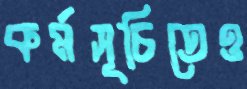
কর্মসূচিতেও